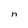
Character: n